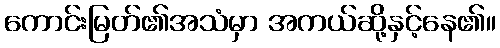
ကောင်းမြတ်၏အသံမှာ အကယ်ဆို့နှင့်နေ၏။